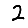
Digit: 2